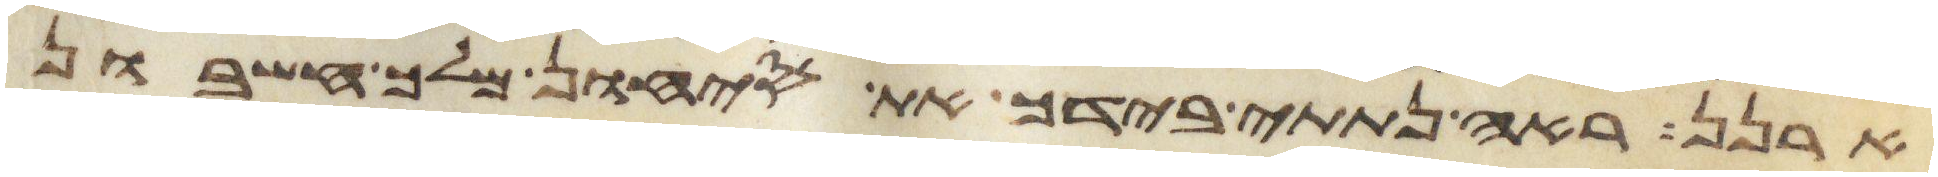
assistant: ארנן ראה נתתי בידך את סיחון מלך חשבון